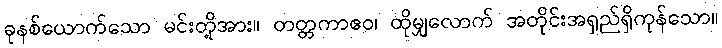
ခုနစ်ယောက်သော မင်းတို့အား။ တတ္တကာဧဝ၊ ထိုမျှလောက် အတိုင်းအရှည်ရှိကုန်သော။